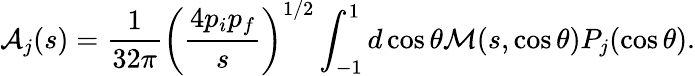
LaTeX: {\cal A}_{j}(s)=\frac{1}{32\pi}\left(\frac{4p_{i}p_{f}}{s}\right)^{1/2}\int_{-1}^{1}d\cos\theta{\cal M}(s,\cos\theta)P_{j}(\cos\theta).